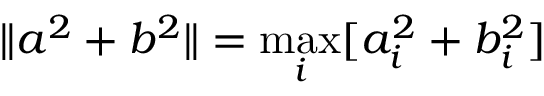
\| a ^ { 2 } + b ^ { 2 } \| = \operatorname* { m a x } _ { i } [ a _ { i } ^ { 2 } + b _ { i } ^ { 2 } ]